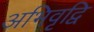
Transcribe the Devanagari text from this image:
अभिवृद्वि